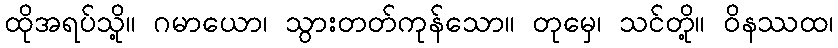
ထိုအရပ်သို့။ ဂမာယော၊ သွားတတ်ကုန်သော။ တုမှေ၊ သင်တို့။ ဝိနဿထ၊